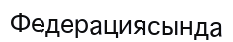
Федерациясында